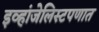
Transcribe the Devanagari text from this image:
इव्हांजेलिस्टपणात